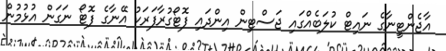
އާޖެންޓީނާގެ ނައިޓް ކުލަބެއްގައި ޖަސްޓިން އިންދައި ފޮޓޯގުރާފަރަކު އޭނާގެ ފޮޓޯ ނަގަން އުޅުމުން